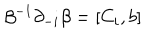
\beta ^ { - 1 } \partial _ { - i } \beta = [ C _ { i } , b ]